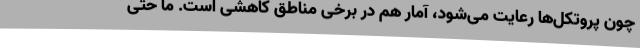
چون پروتکل‌ها رعایت می‌شود، آمار هم در برخی مناطق کاهشی است. ما حتی